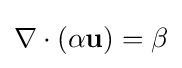
\nabla \cdot \left(\alpha \mathbf {u} \right)=\beta